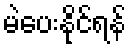
မဲပေးနိုင်ရန်